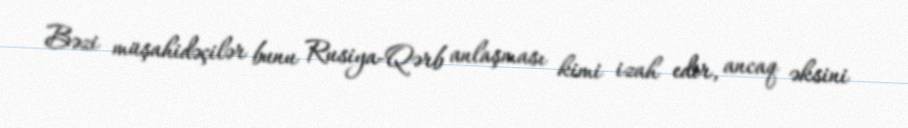
Bəzi müşahidəçilər bunu Rusiya-Qərb anlaşması kimi izah edir, ancaq əksini